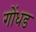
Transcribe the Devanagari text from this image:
गोंधड